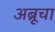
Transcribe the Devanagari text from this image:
अब्रूचा